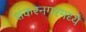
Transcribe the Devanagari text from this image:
शंकरनगरमध्ये